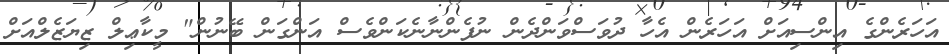
އަހަރެންގެ އިންސިއަށް އަހަރެން އެހާ ދުވަސްވަންދެން ނުފެންނާނެކަންވެސް އަންގަން ބޭނުން" މީކާޢިލް ޒިޔަޒެލްއަށް